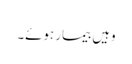
وہیں بیمار ہوئے۔